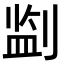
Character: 𪟎